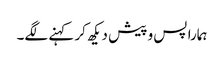
ہمارا پس و پیش دیکھ کر کہنے لگے۔